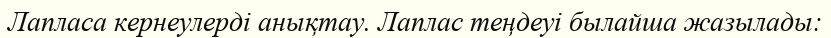
Лапласа кернеулерді анықтау. Лаплас теңдеуі былайша жазылады: